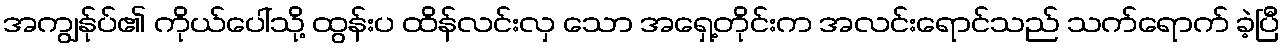
အကျွန်ုပ်၏ ကိုယ်ပေါ်သို့ ထွန်းပ ထိန်လင်းလှ သော အရှေ့တိုင်းက အလင်းရောင်သည် သက်ရောက် ခဲ့ပြီ